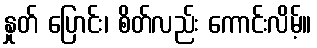
နှုတ် ပြောင်း၊ စိတ်လည်း ကောင်းလိမ့်။